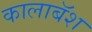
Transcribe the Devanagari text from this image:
कालाबॅश